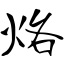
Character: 烙